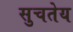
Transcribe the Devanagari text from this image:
सुचतेय